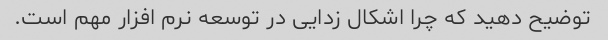
توضیح دهید که چرا اشکال زدایی در توسعه نرم افزار مهم است.